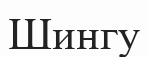
Шингу